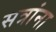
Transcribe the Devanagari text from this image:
सत्रांना